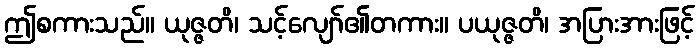
ဤစကားသည်။ ယုဇ္ဇတိ၊ သင့်လျော်၏တကား။ ပယုဇ္ဇတိ၊ အပြားအားဖြင့်